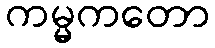
ကမ္မကတော